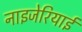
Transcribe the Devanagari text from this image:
नाइजेरियाई